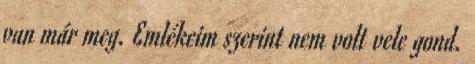
van már meg. Emlékeim szerint nem volt vele gond.